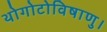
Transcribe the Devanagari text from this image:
थोगोटोविषाणु।